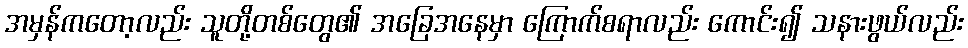
အမှန်ကတော့လည်း သူတို့တစ်တွေ၏ အခြေအနေမှာ ကြောက်စရာလည်း ကောင်း၍ သနားဖွယ်လည်း